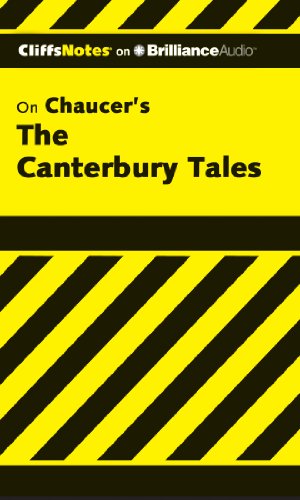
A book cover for The Canterbury Tales (Cliffs Notes Series); James L. Roberts Ph.D.; Literature & Fiction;